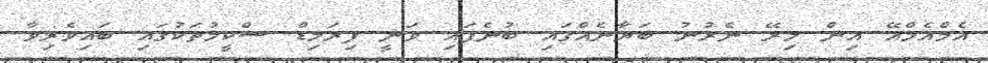
އެމްއެމްއޭ އިން މިރޭ ނެރުނު ބަޔާނެއްގައި ބުނެފައި ވަނީ ޕިރަމިޑް ސްކީމުތަކުގައި ބައިވެރިވާ